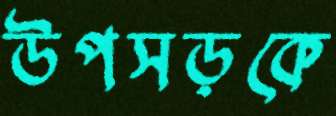
উপসড়কে